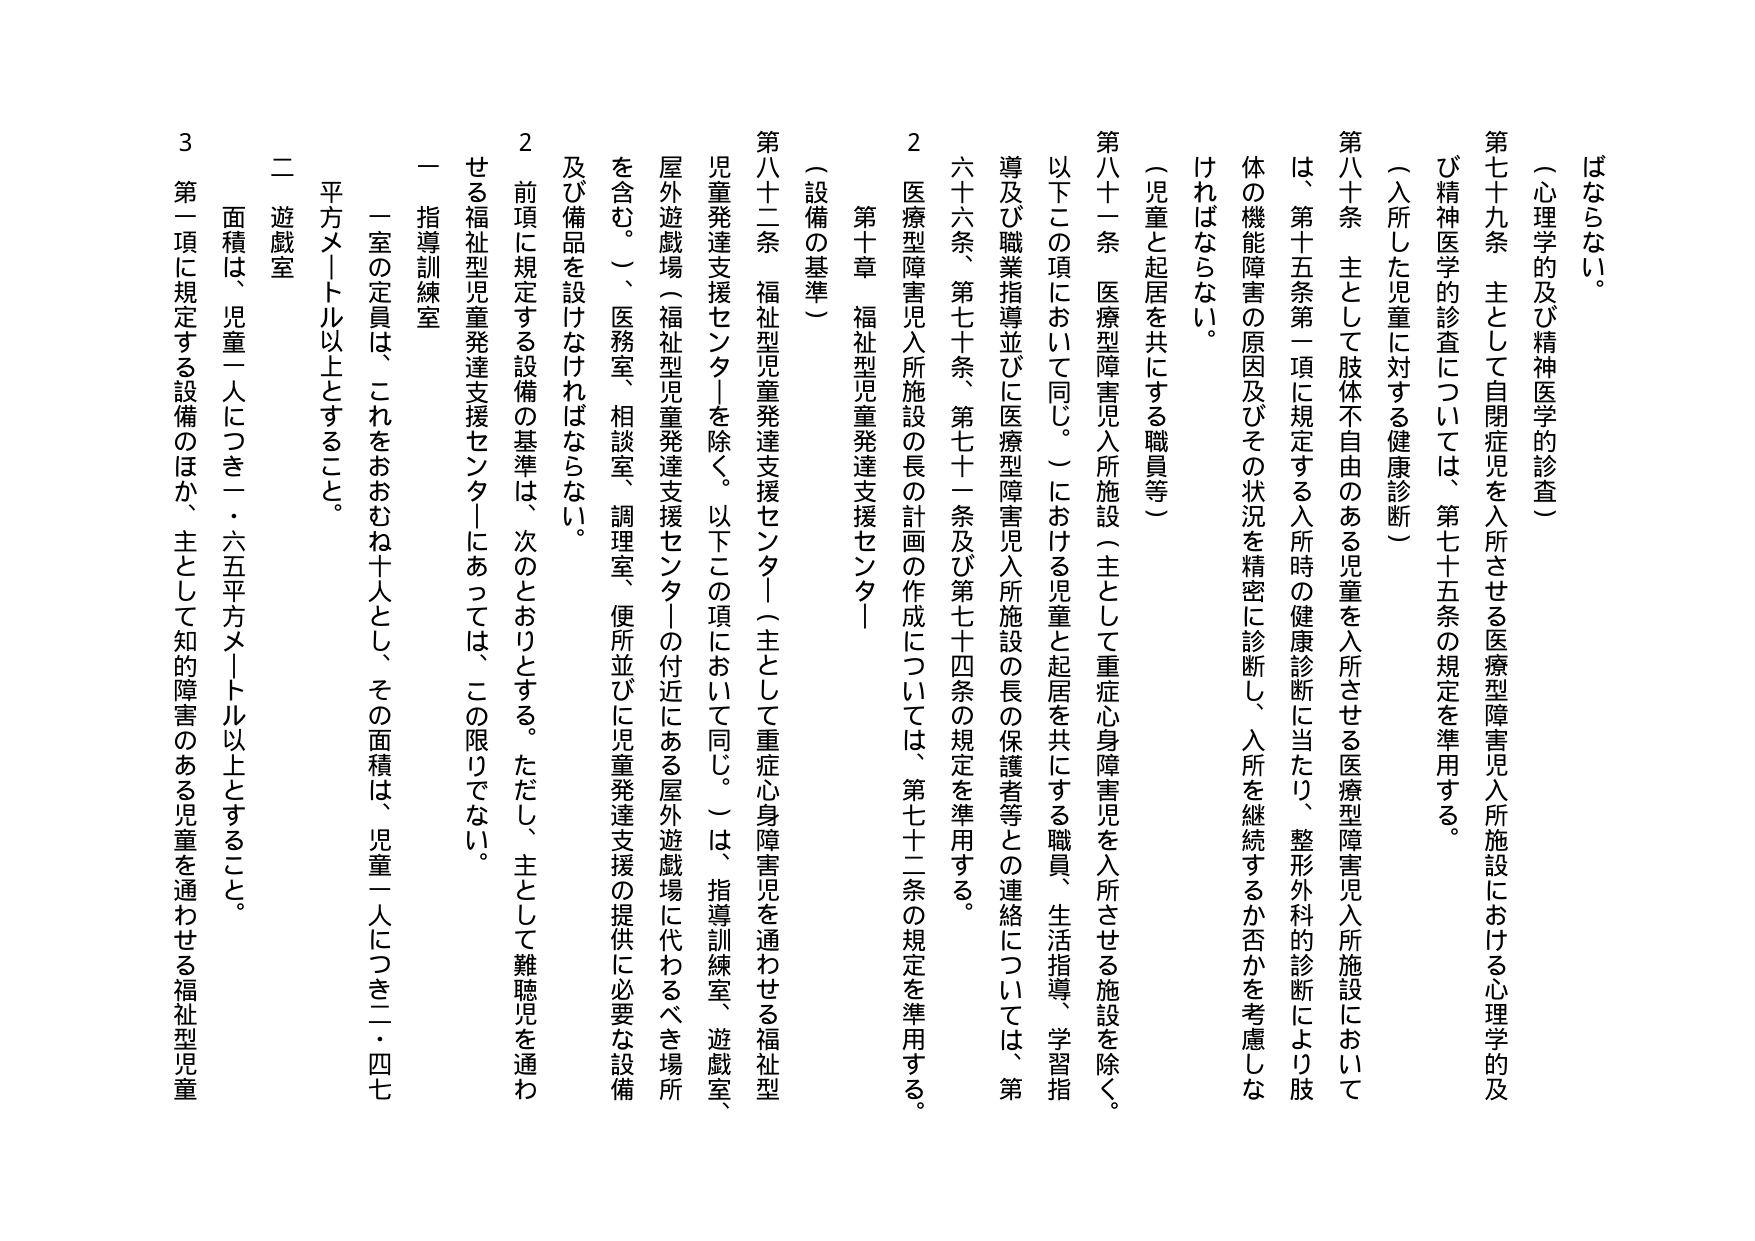
ばならない。

（心理学的及び精神医学的診査）

第七十九条　主として自閉症児を入所させる医療型障害児入所施設における心理学的及び精神医学的診査については、第七十五条の規定を準用する。

（入所した児童に対する健康診断）

第八十条　主として肢体不自由のある児童を入所させる医療型障害児入所施設においては、第十五条第一項に規定する入所時の健康診断に当たり、整形外科的診断により肢体の機能障害の原因及びその状況を精密に診断し、入所を継続するか否かを考慮しなければならない。

（児童と起居を共にする職員等）

第八十一条　医療型障害児入所施設（主として重症心身障害児を入所させる施設を除く。以下この項において同じ。）における児童と起居を共にする職員、生活指導、学習指導及び職業指導並びに医療型障害児入所施設の長の保護者等との連絡については、第六十六条、第七十条、第七十一条及び第七十四条の規定を準用する。

2　医療型障害児入所施設の長の計画の作成については、第七十二条の規定を準用する。

第十章　福祉型児童発達支援センター

（設備の基準）

第八十二条　福祉型児童発達支援センター（主として重症心身障害児を通わせる福祉型児童発達支援センターを除く。以下この項において同じ。）は、指導訓練室、遊戯室、屋外遊戯場（福祉型児童発達支援センターの付近にある屋外遊戯場に代わるべき場所を含む。）、医務室、相談室、調理室、便所並びに児童発達支援の提供に必要な設備及び備品を設けなければならない。

2　前項に規定する設備の基準は、次のとおりとする。ただし、主として難聴児を通わせる福祉型児童発達支援センターにあっては、この限りでない。

一　指導訓練室

　一室の定員は、これをおおむね十人とし、その面積は、児童一人につき二・四七平方メートル以上とすること。

二　遊戯室

　面積は、児童一人につき一・六五平方メートル以上とすること。

3　第一項に規定する設備のほか、主として知的障害のある児童を通わせる福祉型児童